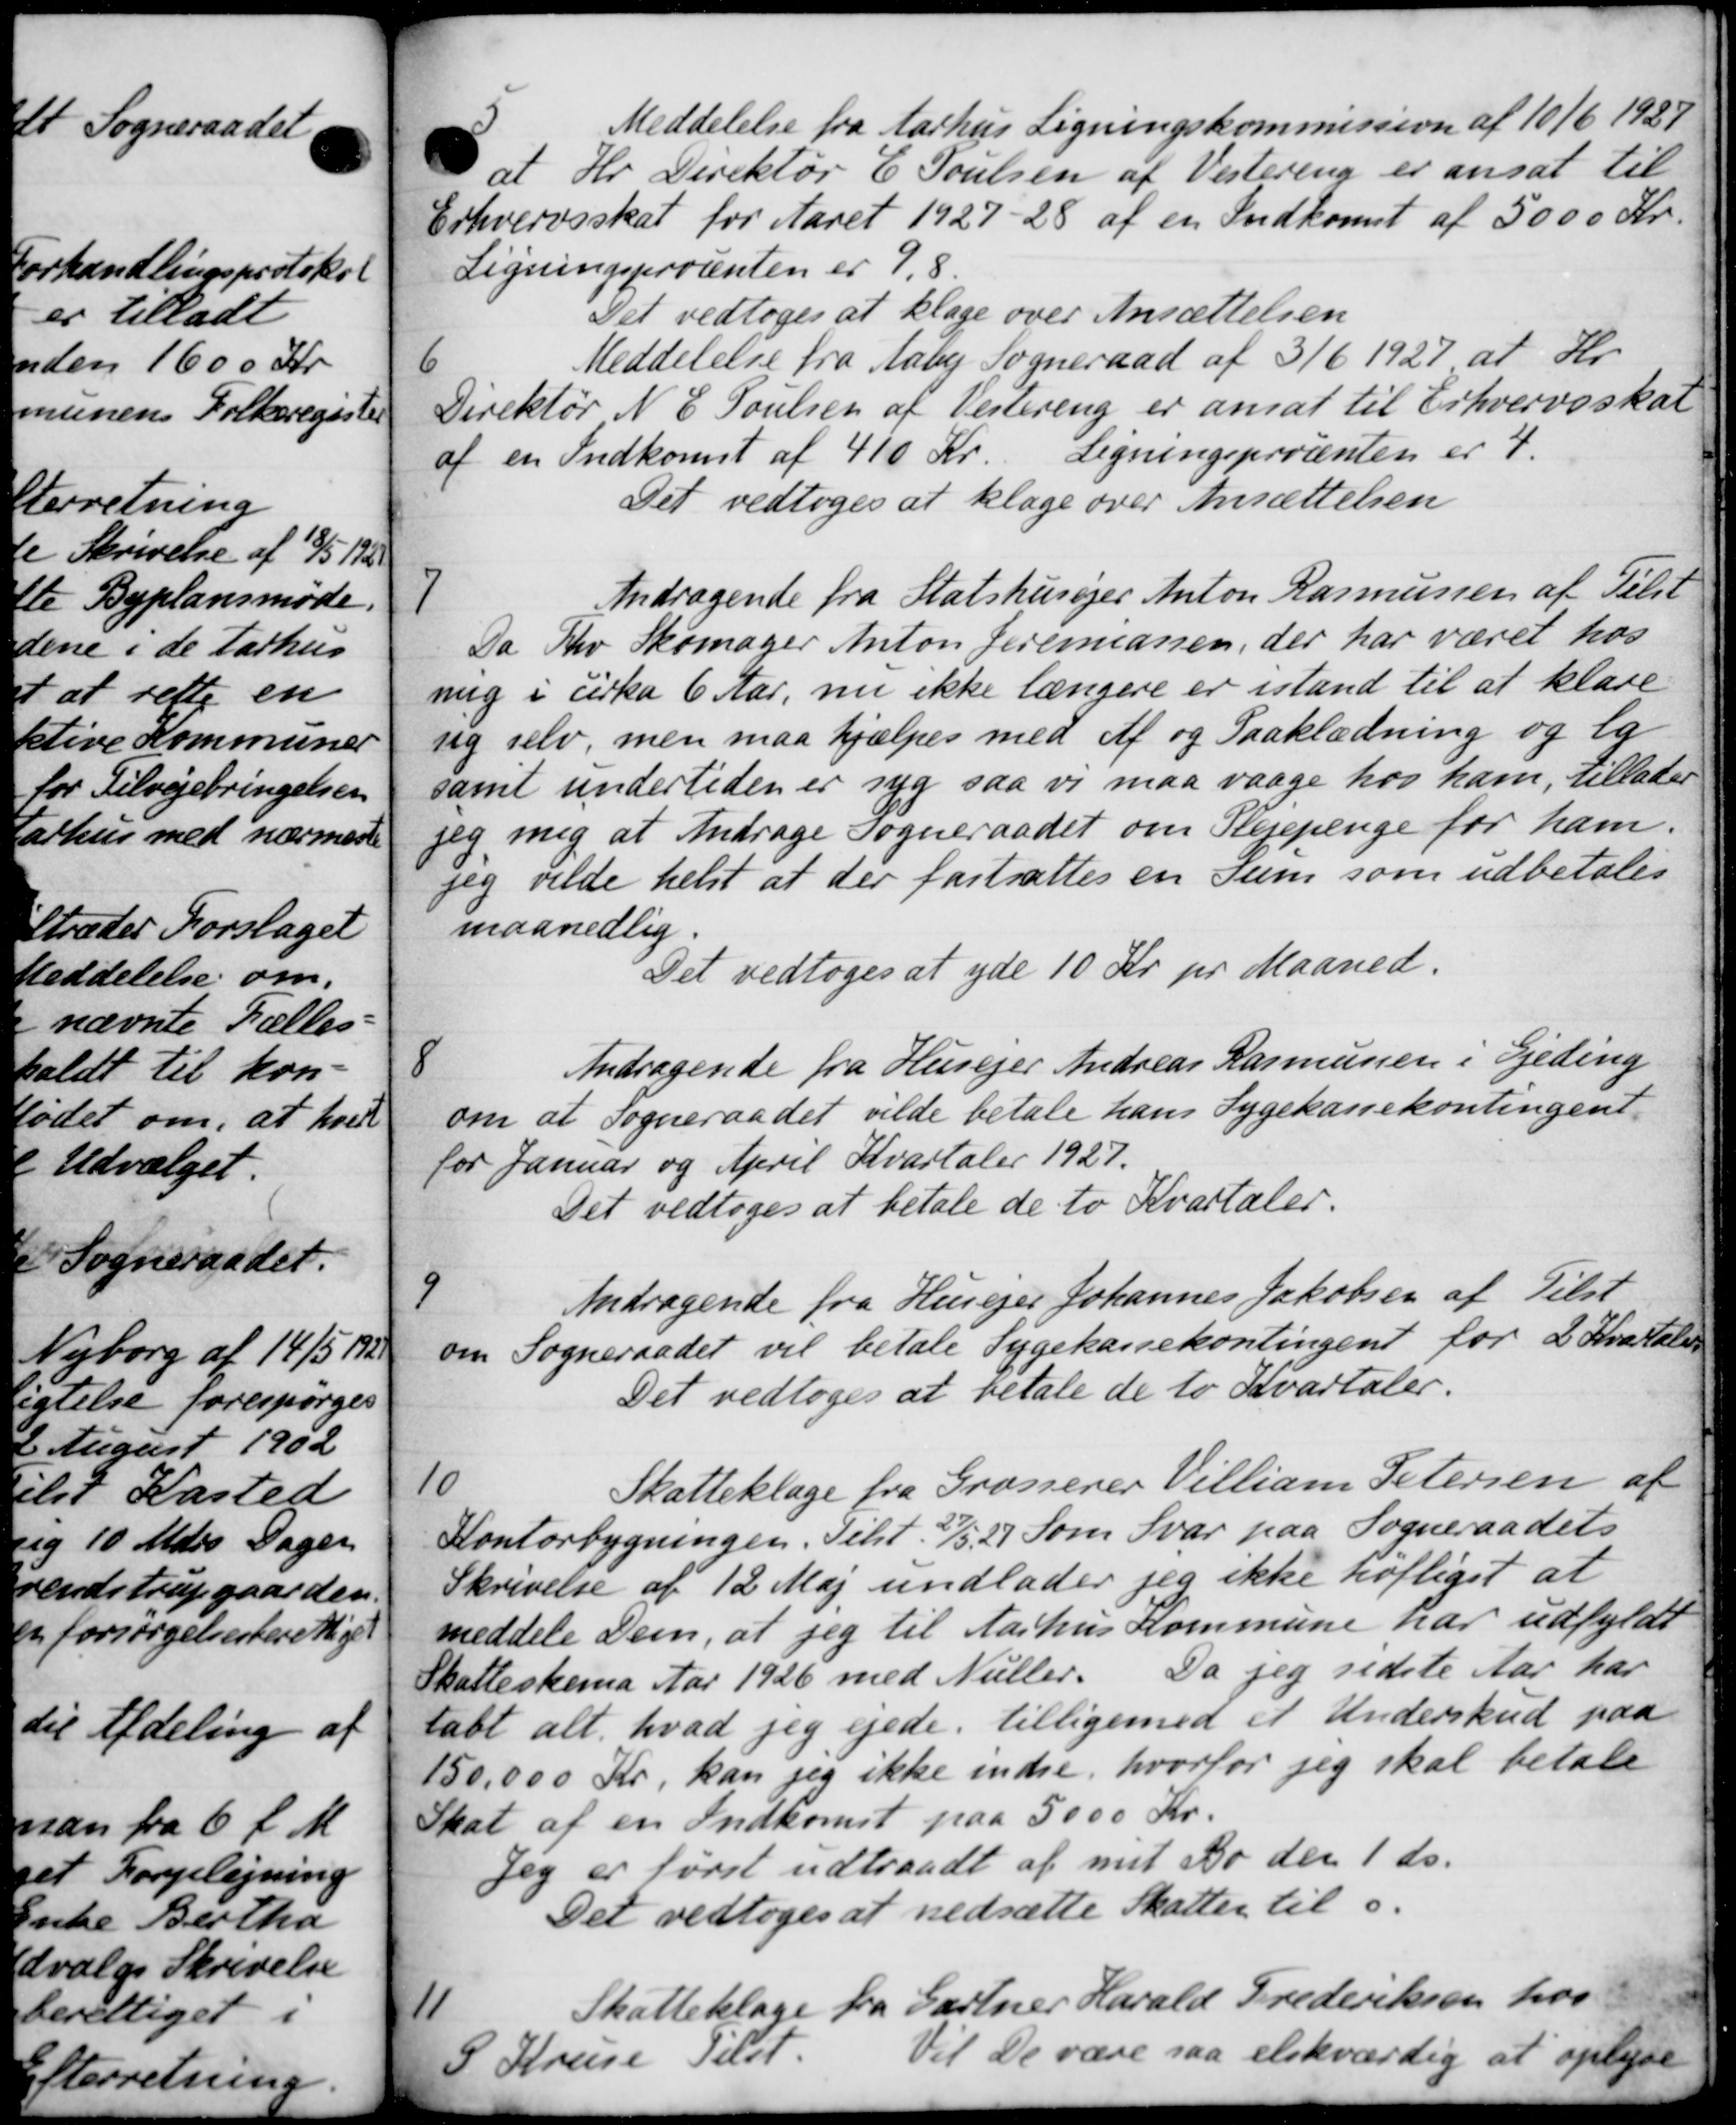
Transskription:
5
Meddelelse fra Aarhus Ligningskommission af 10/6 1929
at Hr. Direktør E. Poulsen af Vestering er ansat til
Erhvervsskat for Aaret 1927-28 af en Indkomst af 5000 Kr.
Ligningsprocenten er 9,8
Det vedtoges at klage over Ansættelsen
6
Meddelelse fra Aaby Sogneraad af 3/6 1927, at Hr.
Direktør N. E. Poulsen af Vestering er ansat til Erhvervsskat
af en Indkomst af 410 Kr. Ligningsprocenten er 4.
Det vedtoges at klage over Ansættelsen
7
Andragende fra Statshusejer Anton Rasmussen af Tilst
Da Rhv Skomager Anton Jeremassen, der har været hos
ning i cirka 6 Aar, nu ikke længere er istand til at klare
sig selv, men maa hjælpes med af og Paaklædning og lg
samt undertiden er syg saa vi maa vaage hos ham, tillader
jeg mig at Andrage Sogneraadet om Plejepenge for ham.
jeg vilde helst at der fastsættes en sum som udbetales
maanedlig.
Det vedtoges at yde 10 Kr. pr Maaned.
8
Andragende fra Husejer Andreas Rasmussen i Gjeding
om at Sogneraadet vilde betale hans Sygekassekontingent
for Januar og April Kvartaler 1927.
Det vedtoges at betale de to Kvartaler.
9
Andragende fra Husejer Johannes Jakobsen af Tilst
om Sogneraadet vil betale Sygekassekontingent for 2 Kvartale
Det vedtoges at betale de to Kvartaler.
10
Skatteklage fra Grosserer Villiam Petersen af
Kontorbygningen. Tilst 21/5 27 Som Svar paa Sogneraadets
Skrivelse af 12 Maj undlader jeg ikke hoftiget at
meddele Dem, at jeg til Aarhus Kommune har udfyldt
Skatteskema Aar 1926 med Neller. Da jeg sidste Aar har
labt alt hvad jeg ejede, tilligemed et Underskud paa
150,000 Kr, kan jeg ikke indse, hvorfor jeg skal betale
Skat af en Indkomst paa 5000 Kr.
Jeg er først udtraadt af mit Bo den 1 ds.
Det vedtoges at nedsætte Skatter til s.
11
Skatteklage fra Gartner Harald Frederiksen hos
S Kruse Tilst.
Vil De være saa elskværdig at oplyse